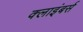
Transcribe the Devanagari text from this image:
क्लाइंबर्स